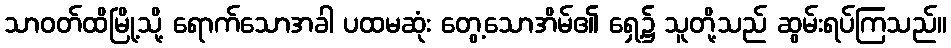
သာဝတ်ထိမြို့သို့ ရောက်သောအခါ ပထမဆုံး တွေ့သောအိမ်၏ ရှေ့၌ သူတို့သည် ဆွမ်းရပ်ကြသည်။